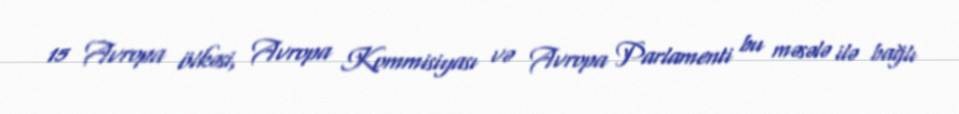
15 Avropa ölkəsi, Avropa Kommisiyası və Avropa Parlamenti bu məsələ ilə bağlı